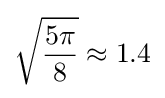
{\sqrt {\frac {5\pi }{8}}}\approx 1.4